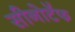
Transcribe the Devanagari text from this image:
सीनोटॅफ